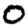
Digit: 0